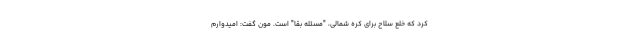
کرد که خلع سلاح برای کره شمالی، "مسئله بقا" است. مون گفت: امیدوارم